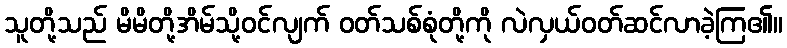
သူတို့သည် မိမိတို့အိမ်သို့ဝင်လျက် ဝတ်သစ်စုံတို့ကို လဲလှယ်ဝတ်ဆင်လာခဲ့ကြ၏။